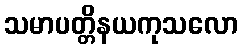
သမာပတ္တိနယကုသလော